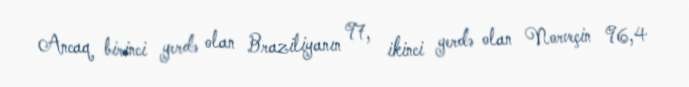
Ancaq birinci yerdə olan Braziliyanın 97, ikinci yerdə olan Norveçin 96,4